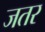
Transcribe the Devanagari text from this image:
जतर